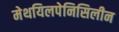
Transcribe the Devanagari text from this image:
मेथयिलपेनिसिलीन